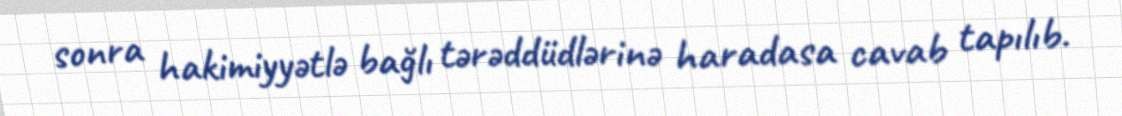
sonra hakimiyyətlə bağlı tərəddüdlərinə haradasa cavab tapılıb.